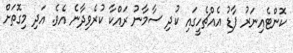
ކޮންޓެއިނަރު ފާޑު އެއްޗެހީގައި ކުދި ސާމާނު ރައްކާ ކުރެވިދާނެ އެވެ. އަދި މިގޮތަށް